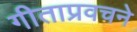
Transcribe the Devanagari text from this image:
गीताप्रवचने